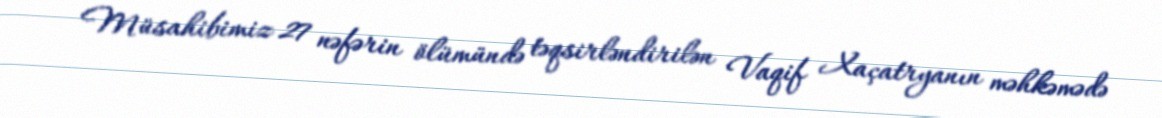
Müsahibimiz 27 nəfərin ölümündə təqsirləndirilən Vaqif Xaçatryanın məhkəmədə